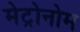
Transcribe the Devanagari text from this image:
मेट्रोनोम